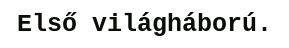
Első világháború.